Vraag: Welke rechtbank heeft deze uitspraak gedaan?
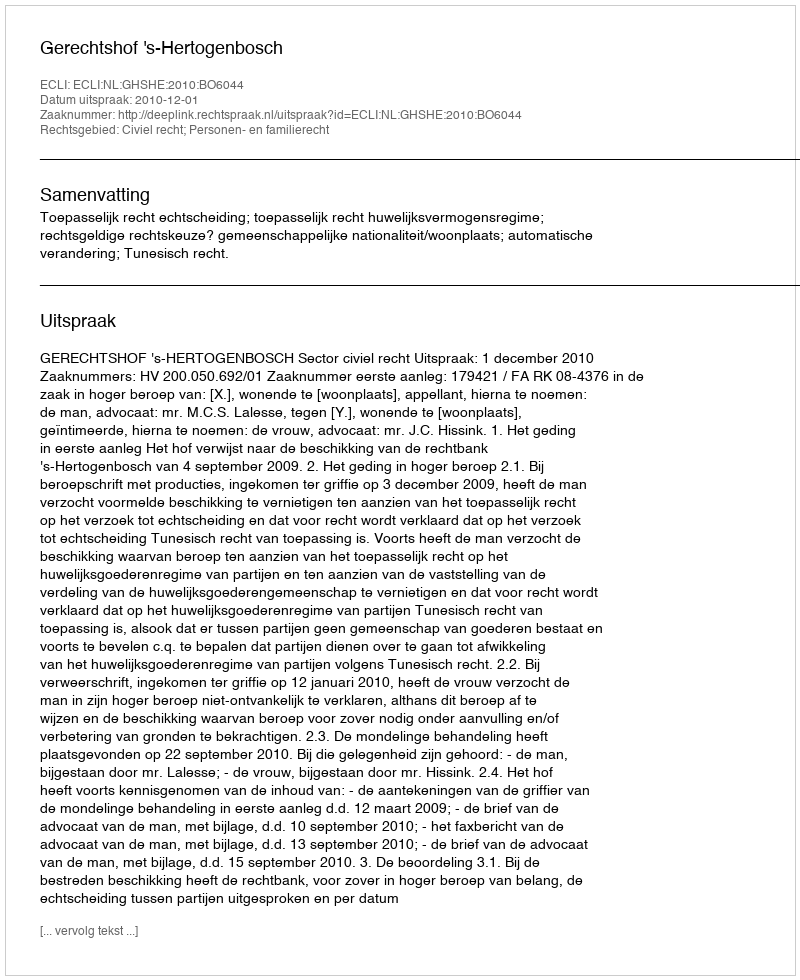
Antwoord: Gerechtshof 's-Hertogenbosch